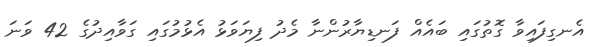
އެނގިފައިވާ ގޮތުގައި ބައެއް ފަނޑިޔާރުންނާ މެދު ފިޔަވަޅު އެޅުމުގައި ގަވާއިދުގެ 42 ވަނަ